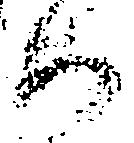
如